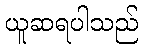
ယူဆရပါသည်